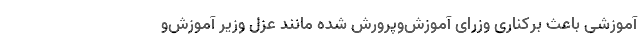
آموزشی باعث برکناری وزرای آموزش‌وپرورش شده مانند عزل وزیر آموزش‌و